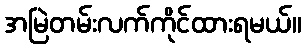
အမြဲတမ်းလက်ကိုင်ထားရမယ်။